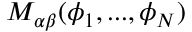
M _ { \alpha \beta } ( \phi _ { 1 } , . . . , \phi _ { N } )